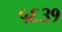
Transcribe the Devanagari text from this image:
५६३१